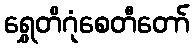
ရွှေတိဂုံစေတီတော်